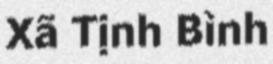
Xã Tịnh Bình